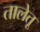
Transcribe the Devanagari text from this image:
तालेतू